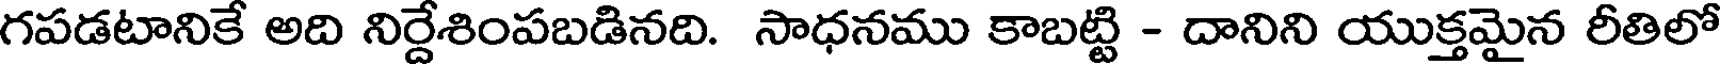
గపడటానికే అది నిర్దేశింపబడినది. సాధనము కాబట్టి - దానిని యుక్తమైన రీతిలో